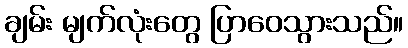
ချမ်း မျက်လုံးတွေ ပြာဝေသွားသည်။